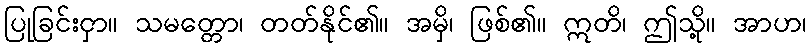
ပြုခြင်းငှာ။ သမတ္တော၊ တတ်နိုင်၏။ အမှိ၊ ဖြစ်၏။ ဣတိ၊ ဤသို့။ အာဟ၊